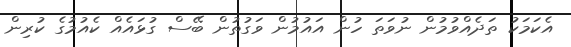
އެކަމަކު ތަދެއްވުމުން ނުވަތަ ހުން އައުމުން ވަގުތުން ބޭސް ގުޅައެއް ކެއުމުގެ ކުރިން